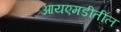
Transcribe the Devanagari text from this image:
आयएमडीतील